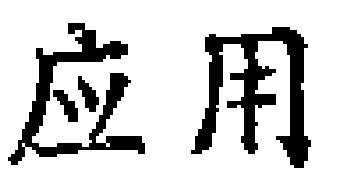
应用